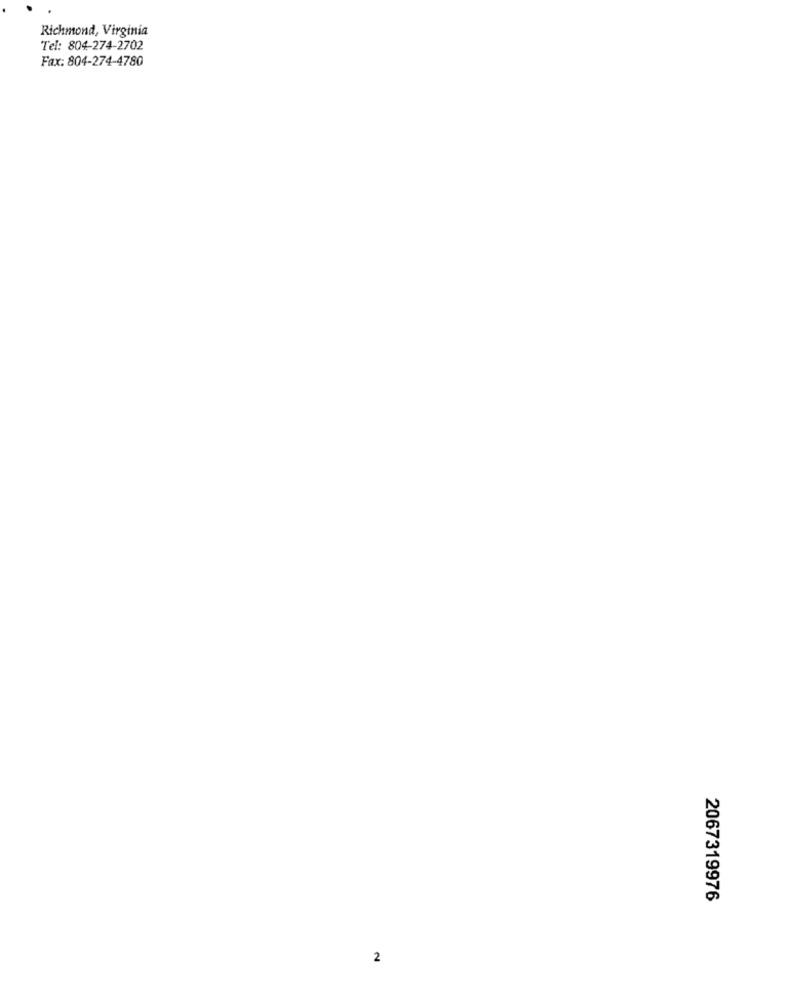
Richmond, Virginia
Tel: 804-274-2702
Fax: 804-274-4780
2067319976
2